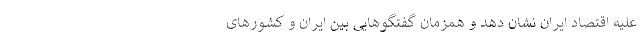
علیه اقتصاد ایران نشان دهد و همزمان گفتگوهایی بین ایران و کشورهای